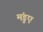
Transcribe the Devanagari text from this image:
मंडुए